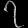
Digit: ၇